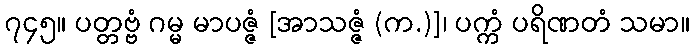
၇၄၅။ ပတ္တဗ္ဗံ ဂမ္မ မာပဇ္ဇံ [အာသဇ္ဇံ (က.)]၊ ပက္ကံ ပရိဏတံ သမာ။